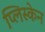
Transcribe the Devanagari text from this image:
प्लिस्केन